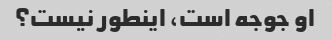
او جوجه است، اینطور نیست؟